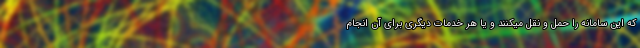
که این سامانه را حمل و نقل میکنند و یا هر خدمات دیگری برای آن انجام